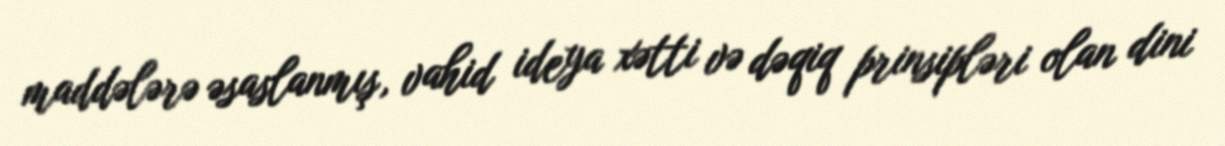
maddələrə əsaslanmış, vahid ideya xətti və dəqiq prinsipləri olan dini